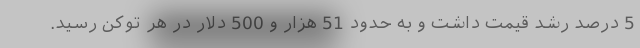
5 درصد رشد قیمت داشت و به حدود 51 هزار و 500 دلار در هر توکن رسید.